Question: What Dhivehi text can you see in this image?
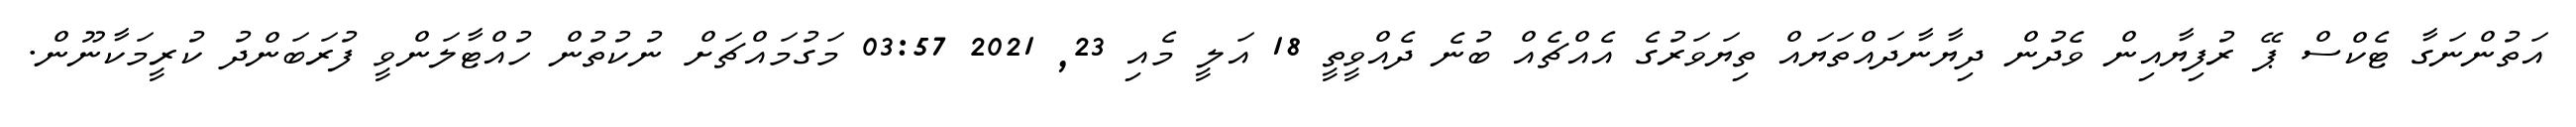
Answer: އަތުންނަގާ ޓެކްސް ޕޭ ރުފިޔާއިން ވެދުން ދިޔާނާދައްތަޔައް ތިޔަވަރުގެ އެއްޗެއް ބުނެ ދެއްވީތީ 18 އަލީ މެއި 23, 2021 03:57 މަގުމައްޗަށް ނުކުތުން ހުއްޓާލަންވީ ފުރަބަންދު ކުރީމަކާނޫން.